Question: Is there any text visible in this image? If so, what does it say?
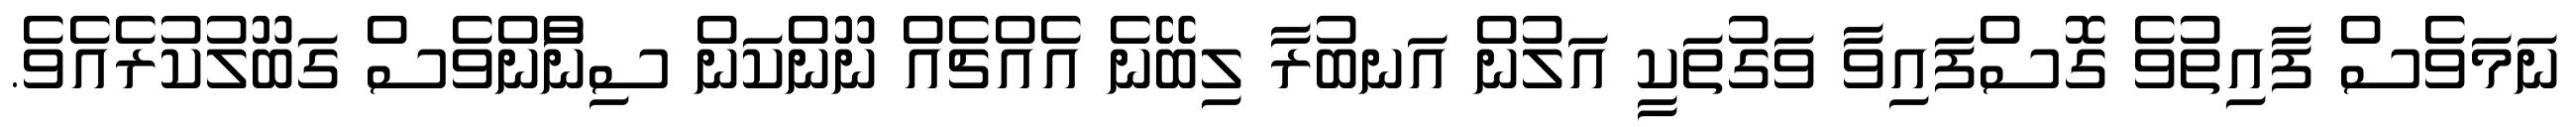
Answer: ނަމަވެސް ފާއިތުވެ ގޮސްފައިވާ ވަގުތަކީ އަލުން އަނބުރާ ލިބޭނެ އެއްޗެއް ނޫންކަން ސިނާްންވެސް ގަބޫލުކުރެއެވެ.